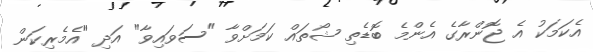
އެކަމަކު އެ ޖޮންރާގެ އެންމެ ބޮޑެތި ޝޯތައް ކަމަށްވާ "ސަވައިވާ" އަދި "އެމެރިކަން